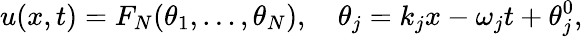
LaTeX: u(x,t)=F_{N}(\theta_{1},\dots,\theta_{N}),\quad\theta_{j}=k_{j}x-\omega_{j}t+\theta_{j}^{0},